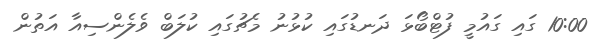
10:00 ގައި ގައުމީ ފުޓްބޯޅަ ދަނޑުގައި ކުޅުނު މެޗުގައި ކުލަބް ވެލެންސިއާ އަތުން